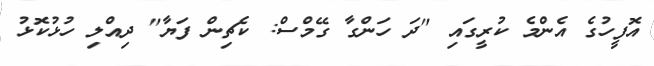
އޮފީހުގެ އެންމެ ކުރީގައި "ދަ ހަންގާ ގޭމްސް: ކެޗިން ފަޔާ" ދިއްލި ހުޅުކޮޅު